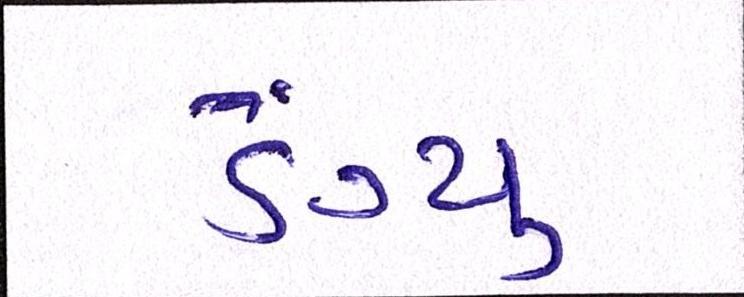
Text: ડેંગ્યુ